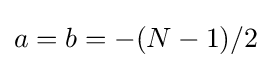
a=b=-(N-1)/2